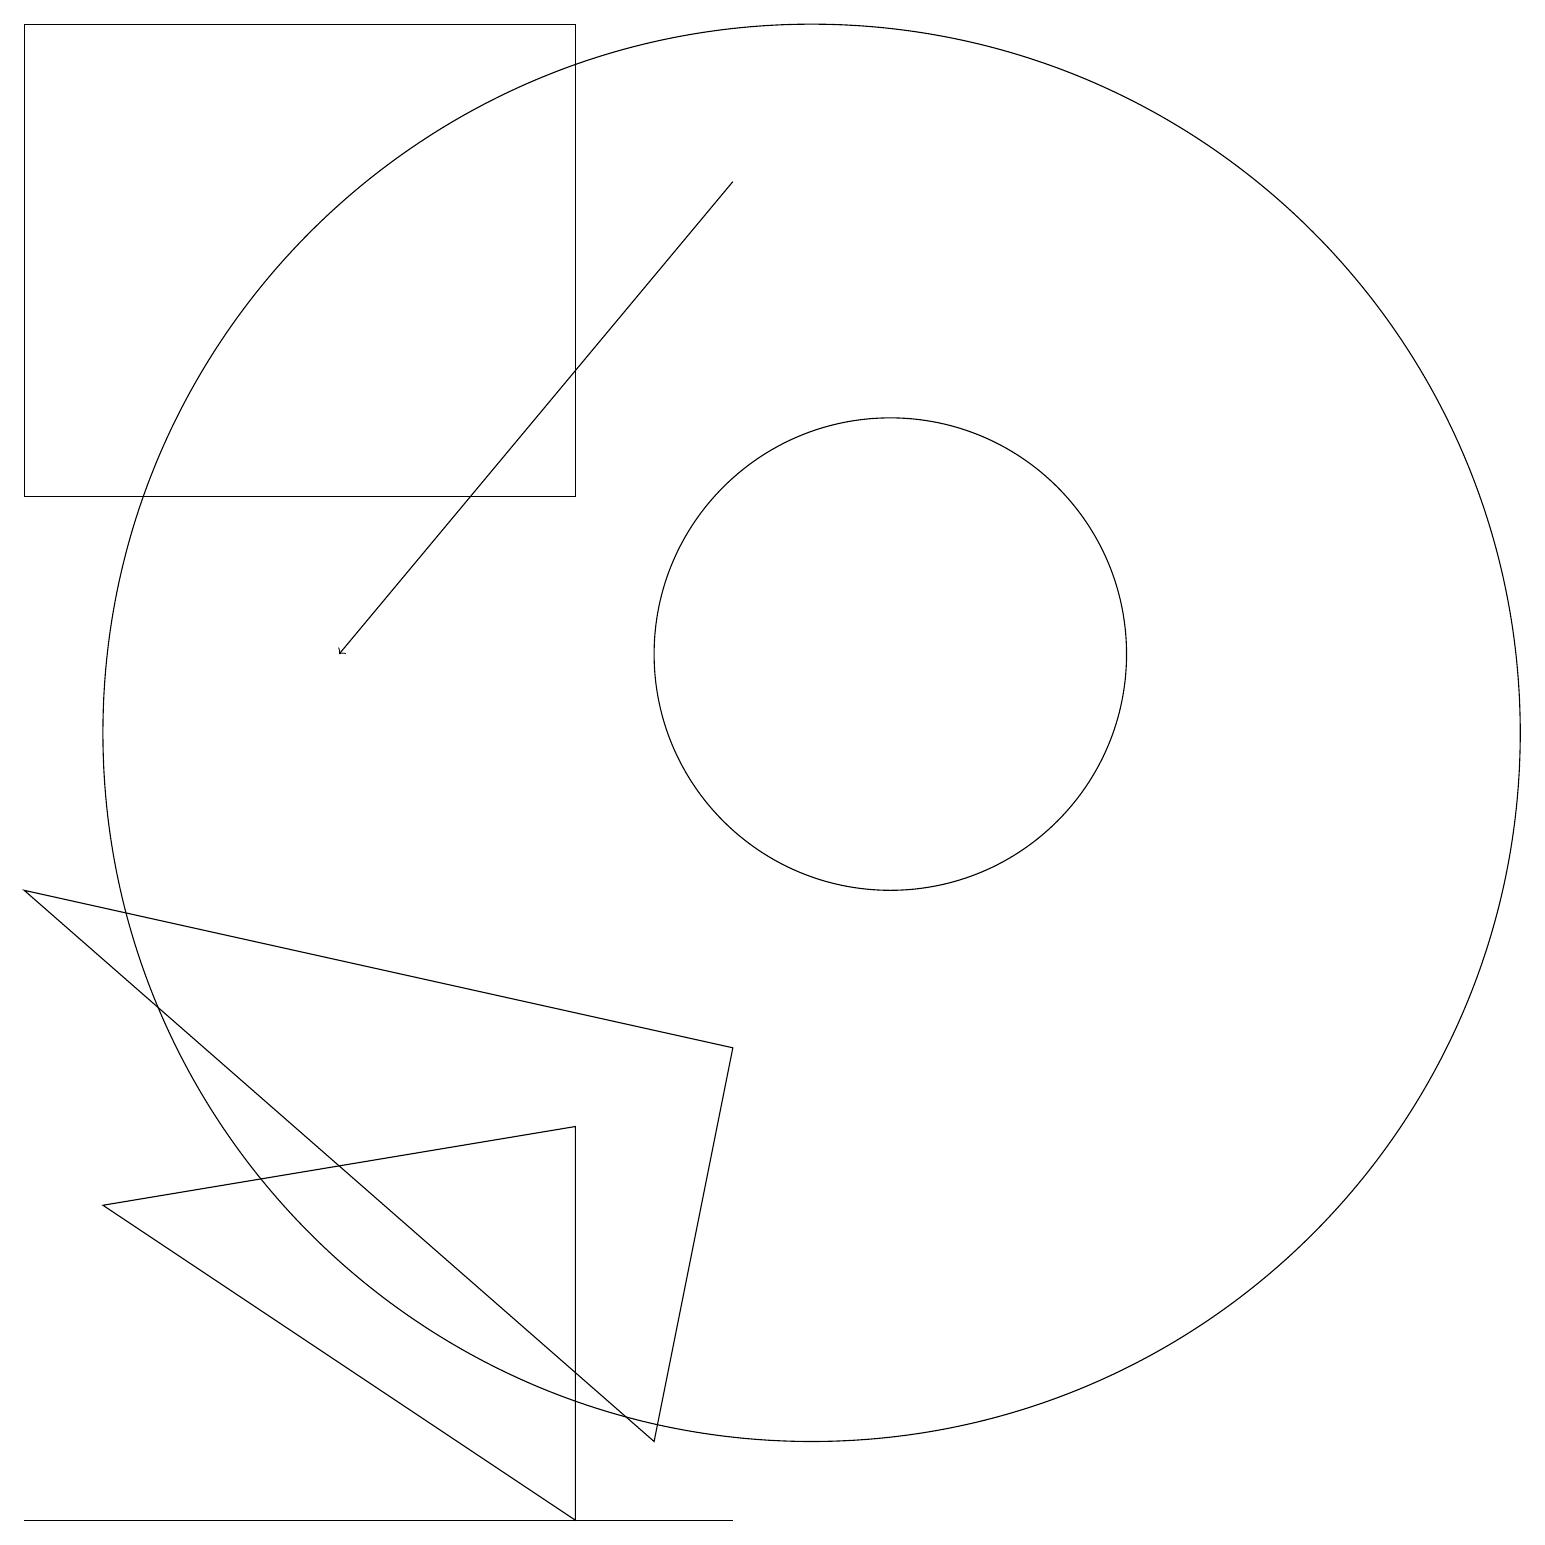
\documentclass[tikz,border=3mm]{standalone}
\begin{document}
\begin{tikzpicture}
\draw (0,13) rectangle (7,19);
\draw (10,10) circle (9);
\draw (11,11) circle (3);
\draw (7,5) -- (7,0) -- (1,4) -- cycle;
\draw[->] (9,17) -- (4,11);
\draw (0,8) -- (9,6) -- (8,1) -- cycle;
\draw (1,0) -- (0,0) -- (9,0) -- cycle;
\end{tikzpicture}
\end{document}